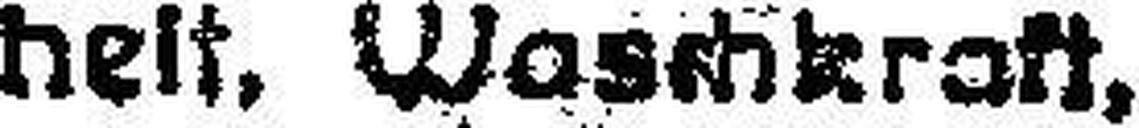
heit, Waschkraft,